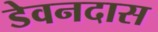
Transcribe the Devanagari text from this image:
डेवनदास